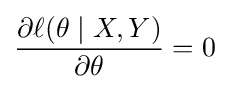
{\frac {\partial \ell (\theta \mid X,Y)}{\partial \theta }}=0